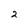
Character: 2